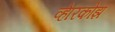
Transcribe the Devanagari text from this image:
व्हेरिकोझ